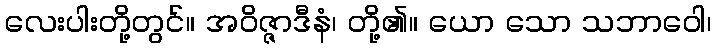
လေးပါးတို့တွင်။ အဝိဇ္ဇာဒီနံ၊ တို့၏။ ယော သော သဘာဝေါ၊